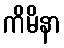
ကိမိနာ